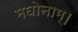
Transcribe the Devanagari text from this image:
मघोनाम्।